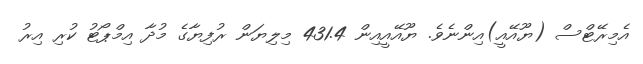
އެމިރޭޓްސް (ޔޫއޭއީ)އިންނެވެ. ޔޫއޭއީއިން 431.4 މިލިޔަން ރުފިޔާގެ މުދާ އިމްޕޯޓު ކުރި އިރު